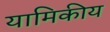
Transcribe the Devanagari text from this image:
यामिकीय